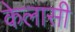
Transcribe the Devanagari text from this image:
केलासी